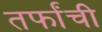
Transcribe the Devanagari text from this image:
तर्फांची